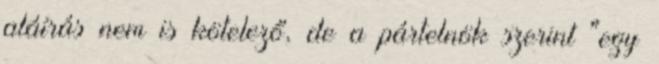
aláírás nem is kötelező, de a pártelnök szerint "egy